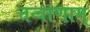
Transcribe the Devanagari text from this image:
तन्त्राणाम्